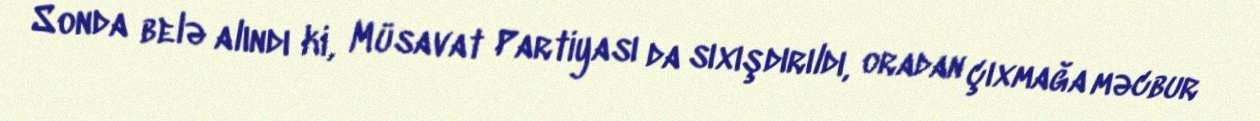
Sonda belə alındı ki, Müsavat Partiyası da sıxışdırıldı, oradan çıxmağa məcbur